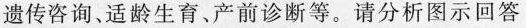
遗传咨询、适龄生育、产前诊断等。请分析图示回答